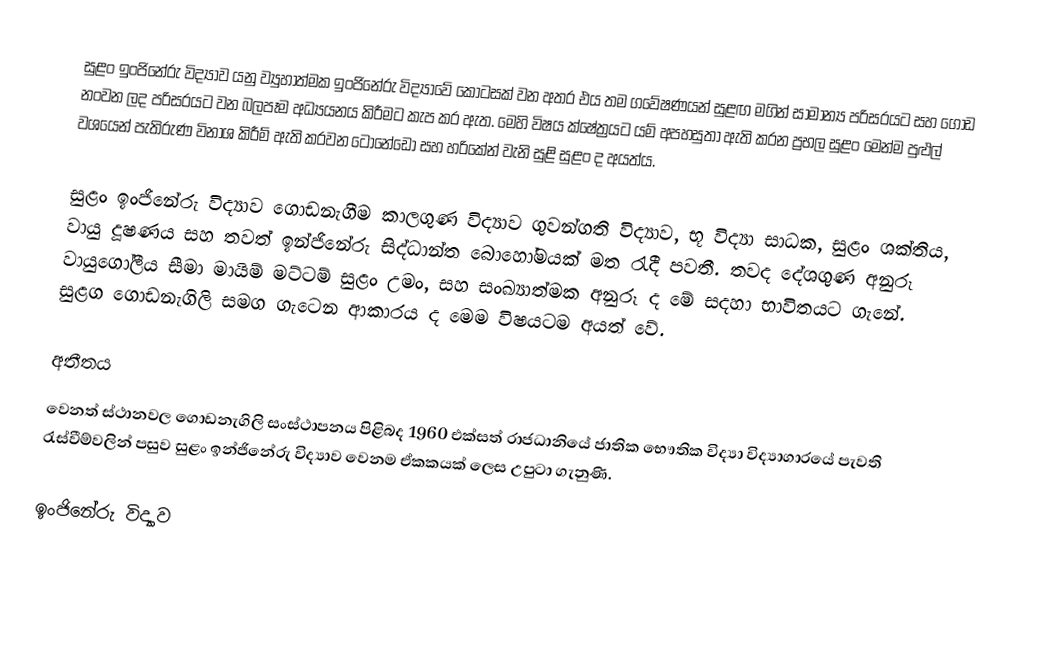
සුළං ඉංජිනේරු විද්‍යාව යනු ව්‍යුහාත්මක ඉංජිනේරු විද්‍යාවේ කොටසක් වන අතර එය තම ගවේෂණ‍යන් සුළඟ මගින් සාමාන්‍ය පරිසරයට සහ ගොඩ නංවන ලද පරිසරයට වන බලපෑම අධ්‍යයනය කිරීමට කැප කර ඇත. මෙහි විෂය ක්ෂේත්‍රයට යම් අපහසුතා ඇති කරන ප්‍රභල සුළං මෙන්ම පුළුල් ව‍ශයෙන් පැතිරුණ විනාශ කිරීම් ඇති කරවන ටොනේඩෝ සහ හරිකේන් වැනි සුළි සුළං ද අයත්ය.

සුළං ඉංජිනේරු විද්‍යාව ගොඩනැගීම කාලගුණ විද්‍යාව ගුවන්ගති විද්‍යාව, භූ විද්‍යා සාධක, සුළං  ශක්තිය, වායු දූෂණය සහ තවත් ඉන්ජිනේරු සිද්ධාන්ත බොහෝමයක් මත රැදී පවතී. තවද දේශගුණ අනුරූ වායුගෝලීය සීමා මායිම් මට්ටම් සුළං උමං, සහ සංඛ්‍යාත්මක අනුරූ ද මේ සදහා භාවිතයට ගැනේ. සුළග ගොඩනැගිලි සමග ගැටෙන ආකාරය ද මෙම විෂයටම අයත් වේ.

අතීතය
වෙනත් ස්ථානවල ගොඩනැගිලි  සංස්ථාපනය පිළිබද 1960 එක්සත් රාජධානියේ ජාතික භෞතික විද්‍යා විද්‍යාගාරයේ පැවති රැස්වීම්වලින් පසුව සුළං ඉන්ජිනේරු විද්‍යාව වෙනම ඒකකයක් ලෙස උපුටා ගැනුණි.

ඉංජිනේරු විද්‍යාව